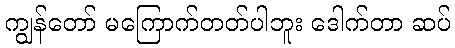
ကျွန်တော် မကြောက်တတ်ပါဘူး ဒေါက်တာ ဆပ်